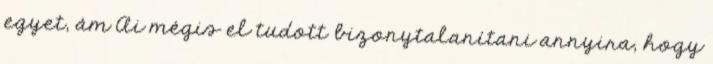
egyet, ám Ai mégis el tudott bizonytalanítani annyira, hogy